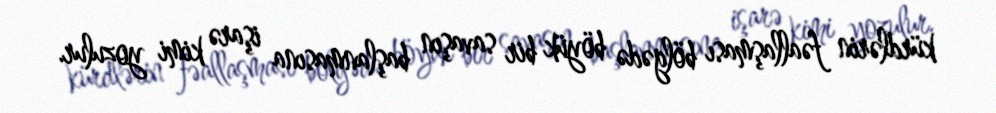
kürdlərin fəallaşması bölgədə böyük bir savaşın başlanmasına işarə kimi yozulur.